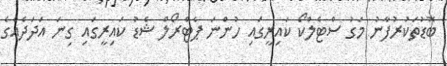
ބޮޑުތަކުރުފާނު މަގު ސްޓެލްކޯ ކައިރީގައި ހުންނަ ޕެޓްރޯލް ޝެޑު ކައިރީގައި ގިނަ އަދަދެއްގެ